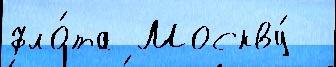
фло́та Москву́